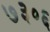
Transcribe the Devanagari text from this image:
७३०६